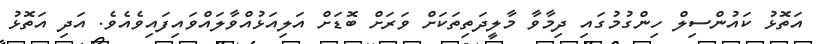
އަތޮޅު ކައުންސިލް ހިންގުމުގައި ދިމާވާ މާލީދަތިތަކަށް ވަރަށް ބޮޑަށް އަލިއަޅުއްވާލައްވައިފައިވެއެވެ. އަދި އަތޮޅު